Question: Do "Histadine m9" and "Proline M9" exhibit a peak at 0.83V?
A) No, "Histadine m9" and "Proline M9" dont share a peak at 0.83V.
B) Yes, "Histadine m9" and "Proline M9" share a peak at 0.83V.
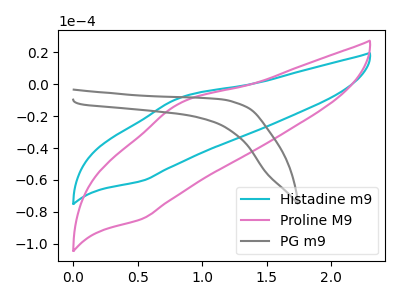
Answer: <think>The cyan curve "Histadine m9" has an anodic peak at (0.85V, -8.65uA) and a cathodic peak at (0.55V, -60.60uA). The pink curve "Proline M9" has an anodic peak at (0.85V, -12.05uA) and a cathodic peak at (0.55V, -84.40uA). The gray curve "PG m9" has no peaks.</think>
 <answer>B) Yes, "Histadine m9" and "Proline M9" share a peak at 0.83V.</answer>
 <eval>B</eval>